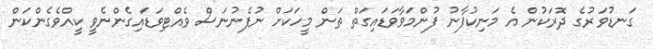
ގަނޑުވަރުގެ ދޮރަކުން އެ މަނިކުފާނު ފުންމަވާވަޑައިގަތް ތަން މީހަކަށް ނުފެނުނަސް ވެއްޓިވަޑައިގެންނެވީ ކީއްވެގެންކަން